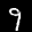
Label: 9